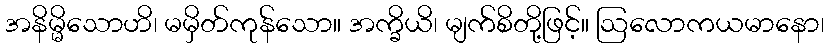
အနိမ္မိသောဟိ၊ မမှိတ်ကုန်သော။ အက္ခိယိ၊ မျက်စိတို့ဖြင့်။ ဩလောကယမာနော၊